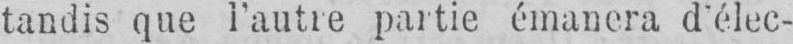
tandis que l’autre partie émanera d’élec